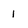
Character: 1